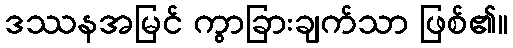
ဒဿနအမြင် ကွာခြားချက်သာ ဖြစ်၏။